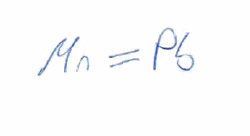
Simplified molecular-input line-entry system (SMILES) notation of the given molecule:
[Mn]=[Pb]